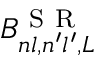
B _ { n l , n ^ { \prime } l ^ { \prime } , L } ^ { \mathrm { ~ S ~ R ~ } }